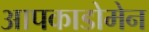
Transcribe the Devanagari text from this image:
आपकाडोमेन